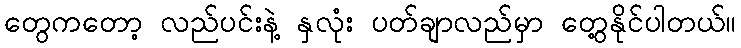
တွေကတော့ လည်ပင်းနဲ့ နှလုံး ပတ်ချာလည်မှာ တွေ့နိုင်ပါတယ်။